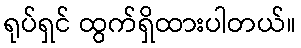
ရုပ်ရှင် ထွက်ရှိထားပါတယ်။